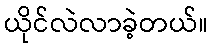
ယိုင်လဲလာခဲ့တယ်။